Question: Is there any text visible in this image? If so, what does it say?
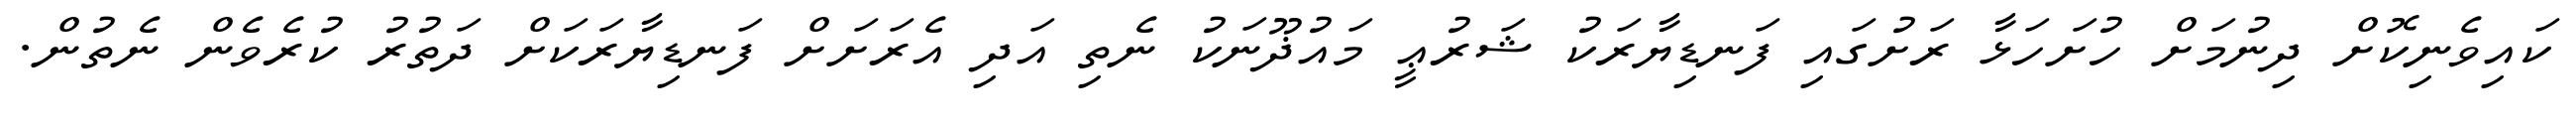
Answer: ކައިވެނިކޮށް ދިނުމަށް ހުށަހަޅާ ރަށުގައި ފަނޑިޔާރަކު ޝަރުޢީ މައުޛޫނަކު ނެތި އަދި އެރަށަށް ފަނޑިޔާރަކަށް ދަތުރު ކުރެވެން ނެތުން.